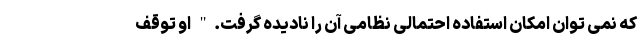
که نمی توان امکان استفاده احتمالی نظامی آن را نادیده گرفت." او توقف